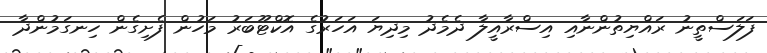
ފަލަސްތީނު ރައްޔިތުންނާއި އިސްރާއީލާ ދެމެދު މިދިޔަ އަހަރުގެ އޮކްޓޫބަރު މަހުން ފެށިގެން ހިނގަމުންދާ